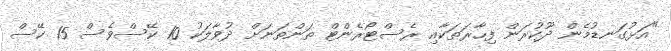
"އަޅުގަނޑުމެން ދޫކުރަން ފިހާރަތަކާއި ރެސްޓޯރެންޓް ތަންތަނަށް ދުވާލަކު 10 ކޭސްވެސް 15 ކޭސް